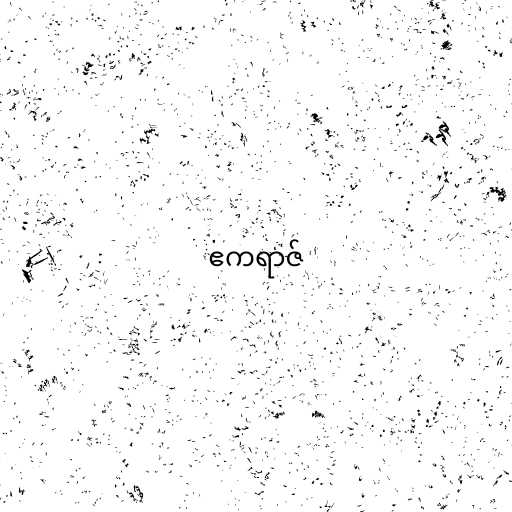
ဧကရာဇ်